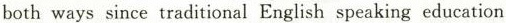
both ways since traditional English speaking education